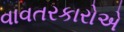
વાવતરકારોએ